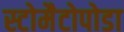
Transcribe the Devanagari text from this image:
स्टोमैटोपोडा